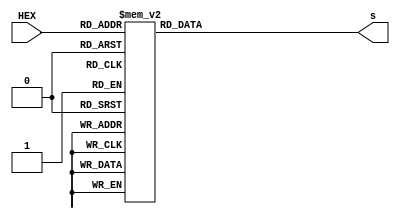
module hex_to_7seg (
            input  wire [3:0] HEX,
            output reg  [7:0] s
        );

    always @ (HEX) begin
        case (HEX) 
               4'h0: s = 8'b11000000;
               4'h1: s = 8'b11111001;
               4'h2: s = 8'b10100100;
               4'h3: s = 8'b10110000;
               4'h4: s = 8'b10011001;
               4'h5: s = 8'b10010010;
               4'h6: s = 8'b10000010;
               4'h7: s = 8'b11111000;
               4'h8: s = 8'b10000000;
               4'h9: s = 8'b10010000;
               4'hA: s = 8'b10001000;
               4'hB: s = 8'b10000000;//should change this to a lower case B
               4'hC: s = 8'b11000110;
               4'hD: s = 8'b11000000;
               4'hE: s = 8'b10000110;
               4'hF: s = 8'b10001110;
            default: s = 8'b01111111;
       endcase
    end

endmodule